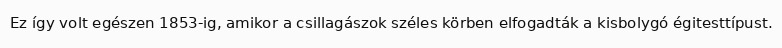
Ez így volt egészen 1853-ig, amikor a csillagászok széles körben elfogadták a kisbolygó égitesttípust.